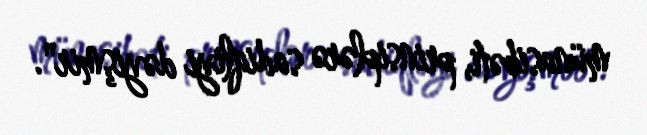
münasibəti, prinsiplərə sadiqliyi dəyişmir".